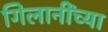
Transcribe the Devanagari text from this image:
गिलानींच्या